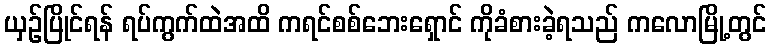
ယှဉ်ပြိုင်ရန် ရပ်ကွက်ထဲအထိ ကရင်စစ်ဘေးရှောင် ကိုခံစားခဲ့ရသည် ကလောမြို့တွင်